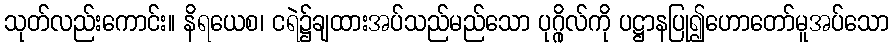
သုတ်လည်းကောင်း။ နိရယေစ၊ ငရဲ၌ချထားအပ်သည်မည်သော ပုဂ္ဂိုလ်ကို ပဋ္ဌာနပြု၍ဟောတော်မူအပ်သော